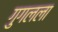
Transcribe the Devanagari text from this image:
गुगलला